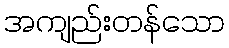
အကျည်းတန်သော